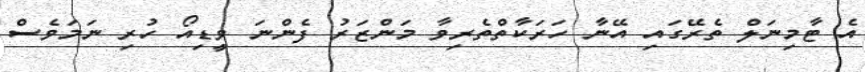
އެ ޓާމިނަލް ތެރޭގައި އޭނާ ހަރަކާތްތެރިވާ މަންޒަރު ފެންނަ ވީޑިއޯ ހުރި ނަމަވެސް